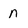
Character: n